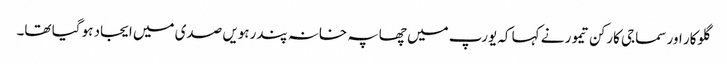
گلوکار اور سماجی کارکن تیمور نے کہا کہ یورپ میں چھاپہ خانہ پندرہویں صدی میں ایجاد ہو گیا تھا۔